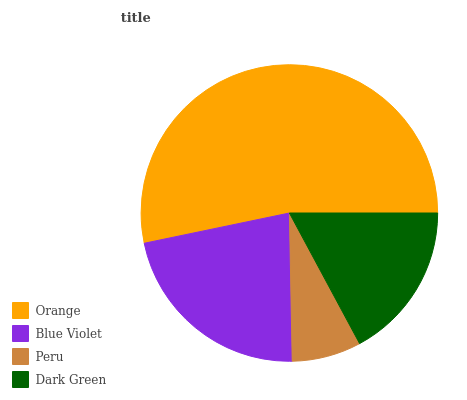
| Orange | Blue Violet | Peru | Dark Green |
 | --- | --- | --- | --- |
 | 53.3% | 22% | 7.54% | 17.2% |